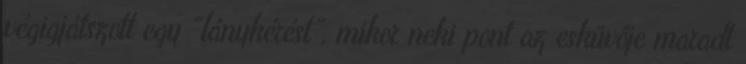
végigjátszott egy “lánykérést”, mikor neki pont az esküvője maradt